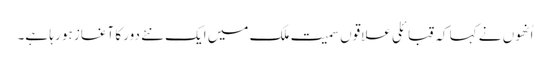
اُنھوں نے کہا کہ قبائلی علاقوں سمیت ملک میں ایک نئے دور کا آغاز ہو رہا ہے۔